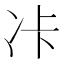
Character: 𠖺